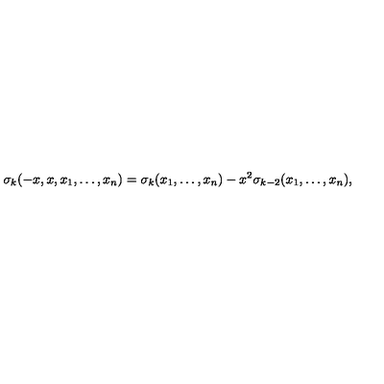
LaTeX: \sigma _ { k } ( - x , x , x _ { 1 } , \ldots , x _ { n } ) = \sigma _ { k } ( x _ { 1 } , \ldots , x _ { n } ) - x ^ { 2 } \sigma _ { k - 2 } ( x _ { 1 } , \ldots , x _ { n } ) ,